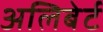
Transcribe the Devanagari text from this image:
अलिबेर्ट